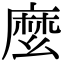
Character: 麼